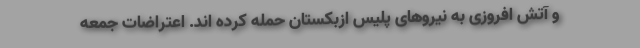
و آتش افروزی به نیروهای پلیس ازبکستان حمله کرده اند. اعتراضات جمعه